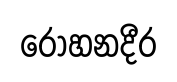
රෝහනදීර